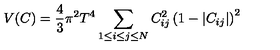
V ( C ) = { \frac { 4 } { 3 } } \pi ^ { 2 } T ^ { 4 } \sum _ { 1 \le i \le j \le N } C _ { i j } ^ { 2 } \left( 1 - \vert C _ { i j } \vert \right) ^ { 2 }